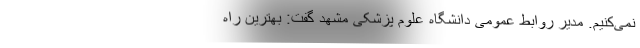
نمی‌کنیم. مدیر روابط عمومی دانشگاه علوم پزشکی مشهد گفت: بهترین راه